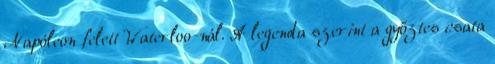
Napóleon felett Waterloo-nál. A legenda szerint a győztes csata